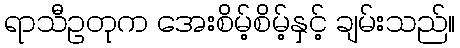
ရာသီဥတုက အေးစိမ့်စိမ့်နှင့် ချမ်းသည်။